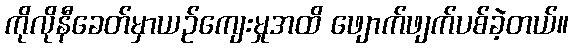
ကိုလိုနီခေတ်မှာယဉ်ကျေးမှုအထိ ဖျောက်ဖျက်ပစ်ခဲ့တယ်။